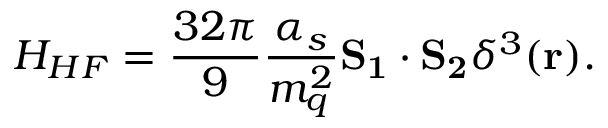
H _ { H F } = \frac { 3 2 \pi } { 9 } \frac { \alpha _ { s } } { m _ { q } ^ { 2 } } { \bf S _ { 1 } \cdot S _ { 2 } } \delta ^ { 3 } ( { \bf r } ) .